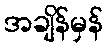
အချိန်မှန်